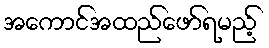
အကောင်အထည်ဖော်ရမည့်